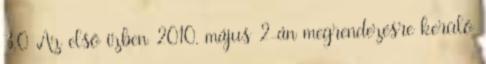
3.0 Az első ízben 2010. május 2-án megrendezésre kerülő